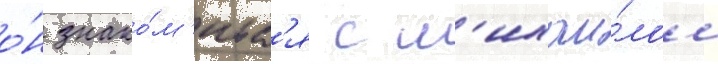
о́н знако́м'итс'я с м'ихаи́лом